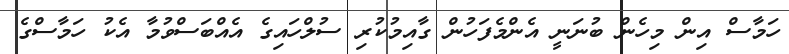
ހަމާސް އިން މިހެން ބުނަނީ އެންމެފަހުން ގާއިމުކުރި ސުލްހައިގެ އެއްބަސްވުމާ އެކު ހަމާސްގެ